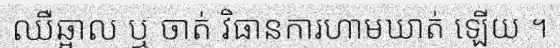
ឈឺឆ្អាល ឬ ចាត់ វិធានការហាមឃាត់ ឡើយ ។